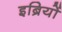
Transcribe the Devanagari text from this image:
इब्रियों